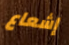
إشعاع